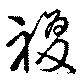
複